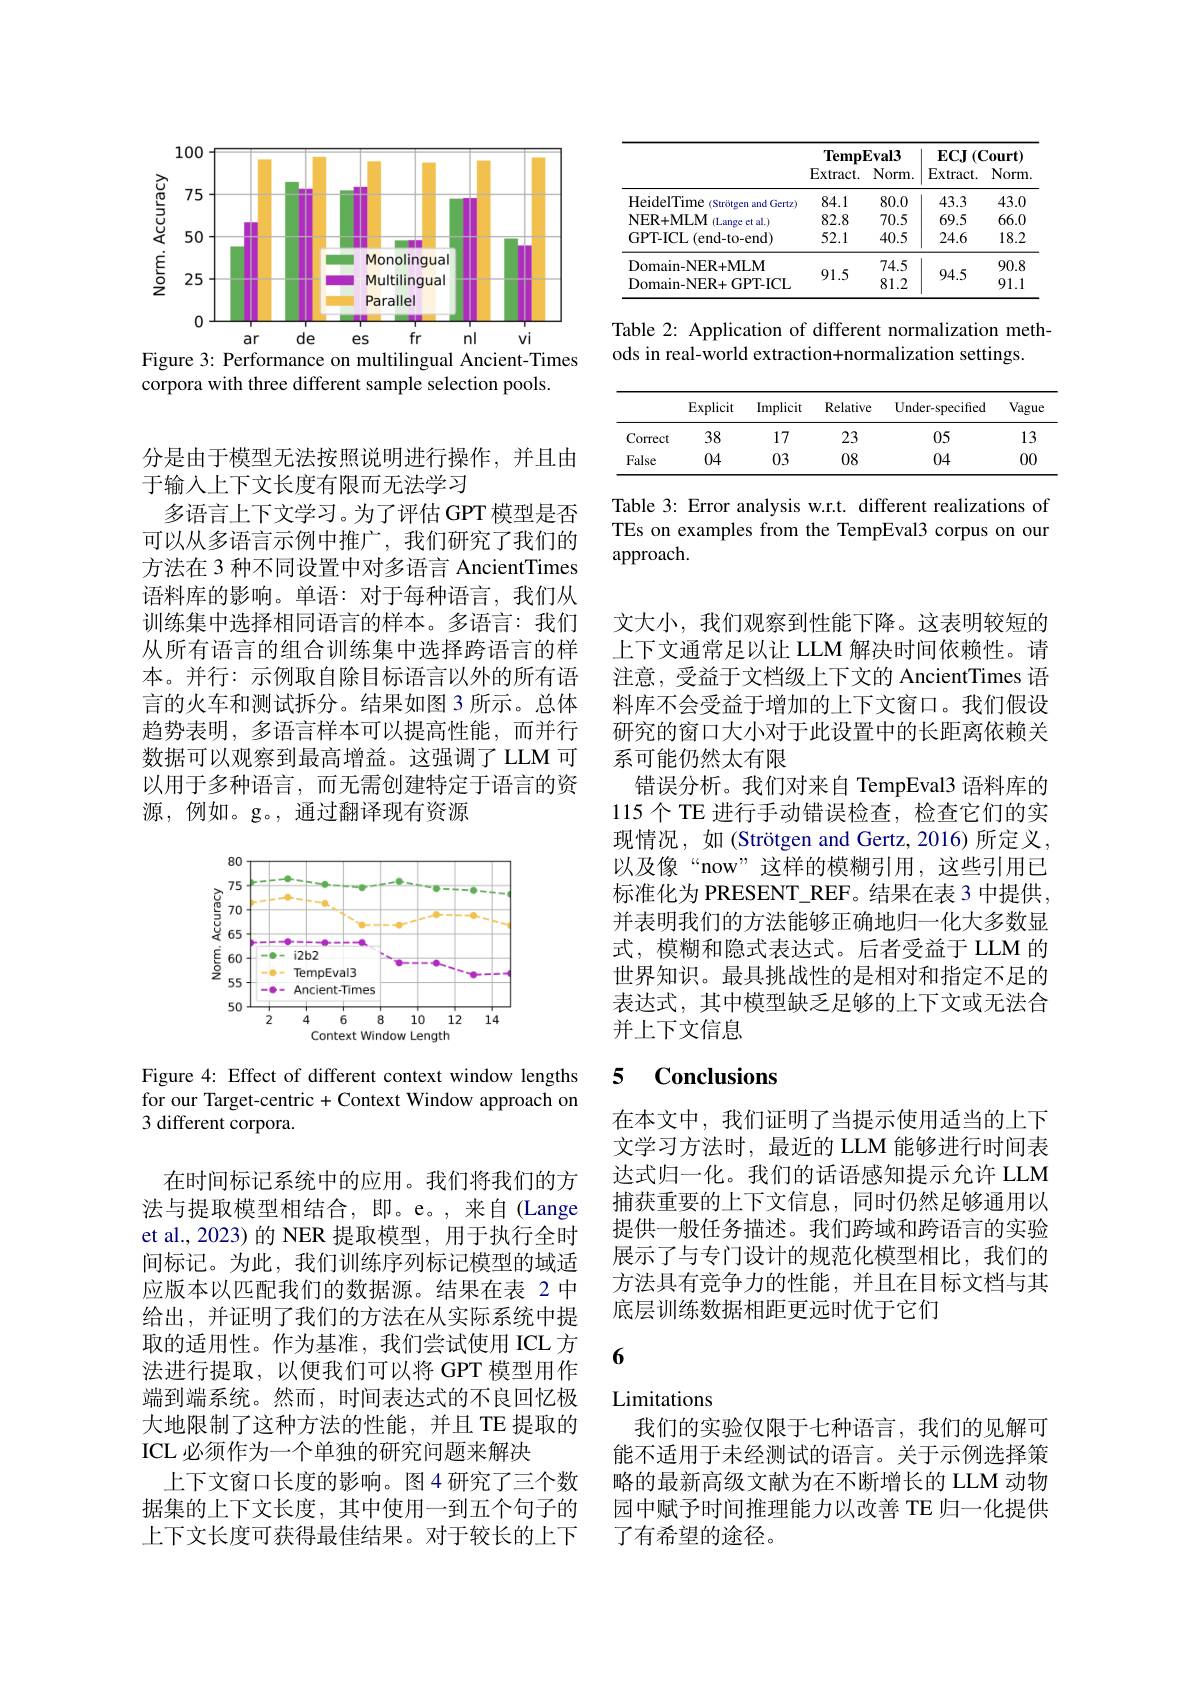
<FigureHere>
Figure 3: Performance on multilingual Ancient-Times

corpora with three different sample selection pools.

分是由于模型无法按照说明进行操作，并且由
于输入上下文长度有限而无法学习
多语言上下文学习。为了评估 GPT 模型是否可以从多语言示例中推广，我们研究了我们的方法在 3 种不同设置中对多语言 AncientTimes 语料库的影响。单语：对于每种语言，我们从训练集中选择相同语言的样本。多语言：我们从所有语言的组合训练集中选择跨语言的样本。并行：示例取自除目标语言以外的所有语言的火车和测试拆分。结果如图 3 所示。总体趋势表明，多语言样本可以提高性能，而并行数据可以观察到最高增益。这强调了 LLM 可以用于多种语言，而无需创建特定于语言的资源，例如。g。,通过翻译现有资源

<FigureHere>

Figure 4: Effect of different context window lengths for our Target-centric + Context Window approach on 3 different corpora.

在时间标记系统中的应用。我们将我们的方法与提取模型相结合，即。e。,来自(Lange et al., 2023) 的 NER 提取模型，用于执行全时间标记。为此，我们训练序列标记模型的域适应版本以匹配我们的数据源。结果在表 2 中给出，并证明了我们的方法在从实际系统中提取的适用性。作为基准，我们尝试使用 ICL 方法进行提取，以便我们可以将 GPT 模型用作端到端系统。然而，时间表达式的不良回忆极大地限制了这种方法的性能，并且 TE 提取的ICL 必须作为一个单独的研究问题来解决
上下文窗口长度的影响。图4研究了三个数据集的上下文长度，其中使用一到五个句子的上下文长度可获得最佳结果。对于较长的上下

<table>
	<tbody>
		<tr>
			<th> </th>
			<th colspan="2">TempEval3</th>
			<th colspan="2">$\mathbf{ECJ}\left(\mathbf{Court}\right)$</th>
		</tr>
		<tr>
			<th> </th>
			<th>Templ Extract.</th>
			<th>$Eval3$ $Norm.$</th>
			<th>$ECJ$ $^{\cdot}(\mathbf{C}$ $\operatorname{Extract.}$</th>
			<th>$Zourt)$ Norm</th>
		</tr>
		<tr>
			<th> </th>
			<th>Extract.</th>
			<th>$Norm.$</th>
			<th>$\operatorname{Extract.}$</th>
			<th>Norm</th>
		</tr>
		<tr>
			<td>HeidelTime (Strötgen and Gertz)</td>
			<td>84.1</td>
			<td>80.0</td>
			<td>43.3</td>
			<td>43.0</td>
		</tr>
		<tr>
			<td>NER+MLM (Lange ct al.)</td>
			<td>82.8</td>
			<td>70.5</td>
			<td>69.5</td>
			<td>66.0</td>
		</tr>
		<tr>
			<td>GPT-ICL (end-to-end)</td>
			<td>52.1</td>
			<td>40.5</td>
			<td>24.6</td>
			<td>18.2</td>
		</tr>
		<tr>
			<td>Domain- NER+ MLM Domain-NER+GPT-ICL</td>
			<td>91.5</td>
			<td>74.5 81.2</td>
			<td>94.5</td>
			<td>90.8 91.1</td>
		</tr>
		<tr>
			<td>Domain- NER+ MLM</td>
			<td> </td>
			<td>74.5</td>
			<td> </td>
			<td>90.8</td>
		</tr>
		<tr>
			<td>Domain-NER+GPT-ICL</td>
			<td>$y_{1}..$</td>
			<td>81.2</td>
			<td>94.0</td>
			<td>91.1</td>
		</tr>
	</tbody>
</table>

Table 2: Application of different normalization meth-
ods in real-world extraction+normalization settings.

<table>
	<tbody>
		<tr>
			<th> </th>
			<th>Explicit</th>
			<th>Implicit</th>
			<th>Relative</th>
			<th>${\mathrm{Under-specified}}$</th>
			<th>Vague</th>
		</tr>
		<tr>
			<td>Correct</td>
			<td>38</td>
			<td>17</td>
			<td>23</td>
			<td>05</td>
			<td>13</td>
		</tr>
		<tr>
			<td>False</td>
			<td>04</td>
			<td>03</td>
			<td>08</td>
			<td>04</td>
			<td>00</td>
		</tr>
	</tbody>
</table>

Table 3: Error analysis w.r.t. different realizations of TEs on examples from the TempEval3 corpus on our approach.

文大小，我们观察到性能下降。这表明较短的上下文通常足以让 LLM 解决时间依赖性。请注意，受益于文档级上下文的 AncientTimes 语料库不会受益于增加的上下文窗口。我们假设研究的窗口大小对于此设置中的长距离依赖关系可能仍然太有限
错误分析。我们对来自 TempEval3 语料库的115个 TE 进行手动错误检查，检查它们的实现情况，如(Strötgen and Gertz,2016)所定义， 以及像“now”这样的模糊引用，这些引用已标准化为 PRESENT\_REF。结果在表 3 中提供， 并表明我们的方法能够正确地归一化大多数显式，模糊和隐式表达式。后者受益于 LLM 的世界知识。最具挑战性的是相对和指定不足的表达式，其中模型缺乏足够的上下文或无法合并上下文信息

### 5 $\textbf{Conclusions}$

在本文中，我们证明了当提示使用适当的上下文学习方法时，最近的 LLM 能够进行时间表达式归一化。我们的话语感知提示允许 LLM 捕获重要的上下文信息，同时仍然足够通用以提供一般任务描述。我们跨域和跨语言的实验展示了与专门设计的规范化模型相比，我们的方法具有竞争力的性能，并且在目标文档与其底层训练数据相距更远时优于它们

6

# Limitations

我们的实验仅限于七种语言，我们的见解可能不适用于未经测试的语言。关于示例选择策略的最新高级文献为在不断增长的 LLM 动物园中赋予时间推理能力以改善 TE 归一化提供了有希望的途径。